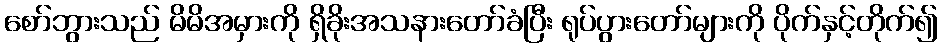
စော်ဘွားသည် မိမိအမှားကို ရှိခိုးအသနားတော်ခံပြီး ရုပ်ပွားတော်များကို ပိုက်နှင့်တိုက်၍